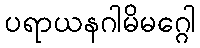
ပရာယနဂါမိမဂ္ဂေါ